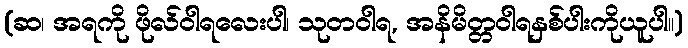
(ဆ၊ အရကို ဖိုလ်ဝါရလေးပါ၊ သုတဝါရ, အနိမိတ္တဝါရနှစ်ပါးကိုယူပါ။)